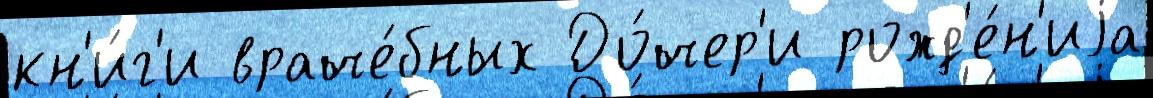
кн'и́г'и враче́бных До́чер'и рожд'е́н'иjа